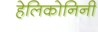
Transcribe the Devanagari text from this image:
हेलिकोनिनी